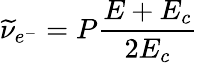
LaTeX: \widetilde{\nu}_{e^{-}}=P\frac{E+E_{c}}{2E_{c}}